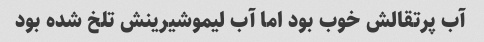
آب پرتقالش خوب بود اما آب لیموشیرینش تلخ شده بود